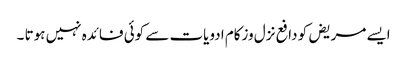
ایسے مریض کو دافع نزل وزکام ادویات سے کوئی فائدہ نہیں ہوتا ۔